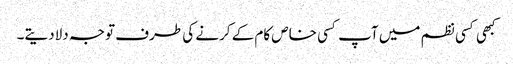
کبھی کسی نظم میں آپ کسی خاص کام کے کرنے کی طرف توجہ دلادیتے۔